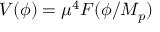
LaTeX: V ( \phi ) = \mu ^ { 4 } { \cal F } ( \phi / M _ { p } )